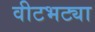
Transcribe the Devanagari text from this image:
वीटभट्या